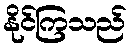
နိုင်ကြသည်